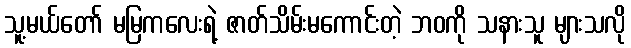
သူ့မယ်တော် မမြကလေးရဲ့ ဇာတ်သိမ်းမကောင်းတဲ့ ဘဝကို သနားသူ များသလို